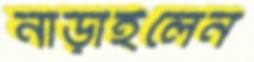
নাড়াইলেন